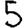
Digit: 5